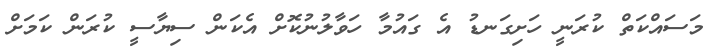
މަސައްކަތް ކުރަނީ ހަށިގަނޑު އެ ގައުމާ ހަވާލުނުކޮށް އެކަން ސިޔާސީ ކުރަން ކަމަށް